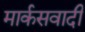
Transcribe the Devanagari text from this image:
मार्कसवादी